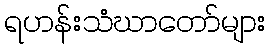
ရဟန်းသံဃာတော်များ